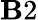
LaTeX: \mathbf{B}2